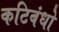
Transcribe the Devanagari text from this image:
कटिबंधो